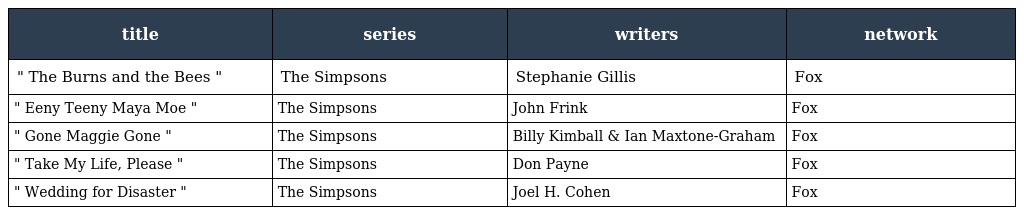
| title | series | writers | network |
 | --- | --- | --- | --- |
 | " The Burns and the Bees " | The Simpsons | Stephanie Gillis | Fox |
 | " Eeny Teeny Maya Moe " | The Simpsons | John Frink | Fox |
 | " Gone Maggie Gone " | The Simpsons | Billy Kimball & Ian Maxtone-Graham | Fox |
 | " Take My Life, Please " | The Simpsons | Don Payne | Fox |
 | " Wedding for Disaster " | The Simpsons | Joel H. Cohen | Fox |